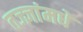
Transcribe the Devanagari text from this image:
तज्ज्ञांमधे